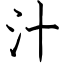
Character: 汁